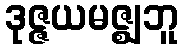
ဒုဇ္ဇယမဇ္ဈဘူ